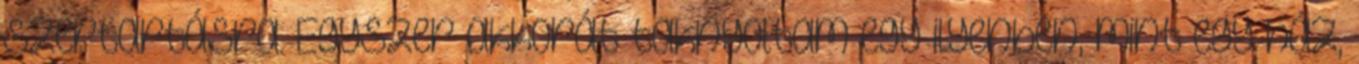
szertartásra. Egyszer akkorát taknyoltam egy ilyenben, mint egy ház,